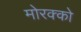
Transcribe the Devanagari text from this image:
मोरक्‍को